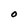
Character: O